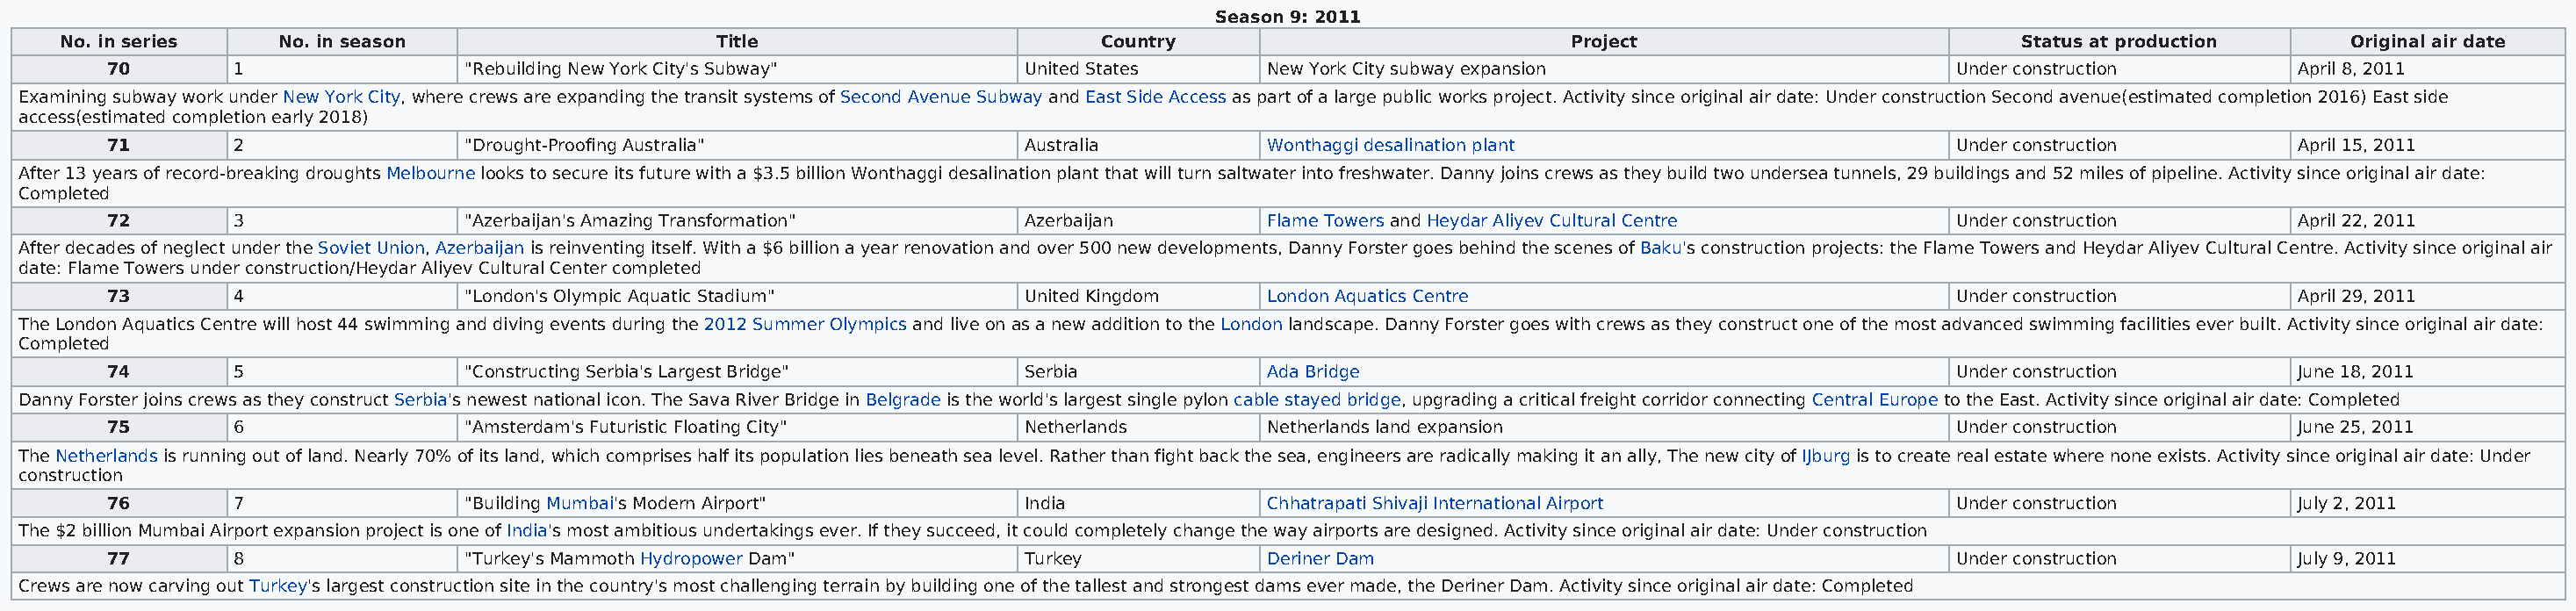
Season 9: 2011
 No. in series    No. in season                    Title                        Country                            Project                           Status at production     Original air date
 70        1                "Rebuilding New York City's Subway"       United States      New York City subway expansion                     Under construction        April 8, 2011
 Examining subway work under New York City, where crews are expanding the transit systems of Second Avenue Subway and East Side Access as part of a large public works project. Activity since original air date: Under construction Second avenue(estimated completion 2016) East side
 access(estimated completion early 2018)
 71        2                "Drought-Proofing Australia"              Australia          Wonthaggi desalination plant                       Under construction        April 15, 2011
 After 13 years of record-breaking droughts Melbourne looks to secure its future with a $3.5 billion Wonthaggi desalination plant that will turn saltwater into freshwater. Danny joins crews as they build two undersea tunnels, 29 buildings and 52 miles of pipeline. Activity since original air date:
 Completed
 72        3                "Azerbaijan's Amazing Transformation"     Azerbaijan         Flame Towers and Heydar Aliyev Cultural Centre     Under construction        April 22, 2011
 After decades of neglect under the Soviet Union, Azerbaijan is reinventing itself. With a $6 billion a year renovation and over 500 new developments, Danny Forster goes behind the scenes of Baku's construction projects: the Flame Towers and Heydar Aliyev Cultural Centre. Activity since original air
 date: Flame Towers under construction/Heydar Aliyev Cultural Center completed
 73        4                "London's Olympic Aquatic Stadium"        United Kingdom     London Aquatics Centre                             Under construction        April 29, 2011
 The London Aquatics Centre will host 44 swimming and diving events during the 2012 Summer Olympics and live on as a new addition to the London landscape. Danny Forster goes with crews as they construct one of the most advanced swimming facilities ever built. Activity since original air date:
 Completed
 74        5                "Constructing Serbia's Largest Bridge"    Serbia             Ada Bridge                                         Under construction        June 18, 2011
 Danny Forster joins crews as they construct Serbia's newest national icon. The Sava River Bridge in Belgrade is the world's largest single pylon cable stayed bridge, upgrading a critical freight corridor connecting Central Europe to the East. Activity since original air date: Completed
 75        6                "Amsterdam's Futuristic Floating City"    Netherlands        Netherlands land expansion                         Under construction        June 25, 2011
 The Netherlands is running out of land. Nearly 70% of its land, which comprises half its population lies beneath sea level. Rather than fight back the sea, engineers are radically making it an ally, The new city of IJburg is to create real estate where none exists. Activity since original air date: Under
 construction
 76        7                "Building Mumbai's Modern Airport"        India              Chhatrapati Shivaji International Airport          Under construction        July 2, 2011
 The $2 billion Mumbai Airport expansion project is one of India's most ambitious undertakings ever. If they succeed, it could completely change the way airports are designed. Activity since original air date: Under construction
 77        8                "Turkey's Mammoth Hydropower Dam"         Turkey             Deriner Dam                                        Under construction        July 9, 2011
 Crews are now carving out Turkey's largest construction site in the country's most challenging terrain by building one of the tallest and strongest dams ever made, the Deriner Dam. Activity since original air date: Completed